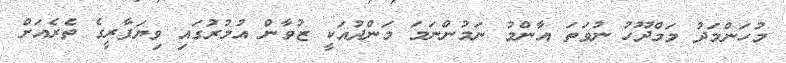
މުހަންމަދު މަމްދޫހު ނުވަތަ އާންމު ނަމުންނަމަ މަންދުއަކީ ޒުވާން އުމުރުގައި ވިޔަފާރީގެ ތެރެއަށް